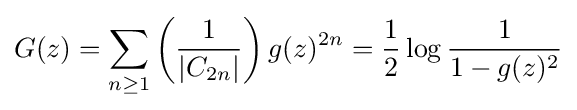
G(z)=\sum _{n\geq 1}\left({\frac {1}{|C_{2n}|}}\right)g(z)^{2n}={\frac {1}{2}}\log {\frac {1}{1-g(z)^{2}}}